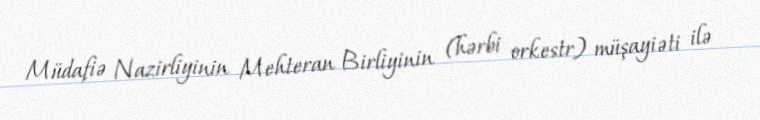
Müdafiə Nazirliyinin Mehteran Birliyinin (hərbi orkestr) müşayiəti ilə